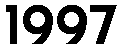
1997